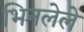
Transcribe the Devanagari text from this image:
भिनलेले